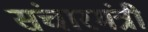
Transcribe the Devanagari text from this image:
संचारमंत्री